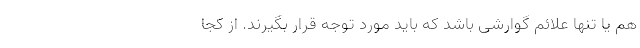
هم یا تنها علائم گوارشی باشد که باید مورد توجه قرار بگیرند. از کجا